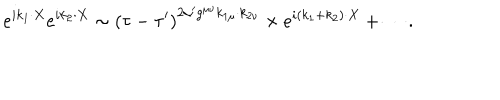
LaTeX: e ^ { i k _ { 1 } \cdot X } e ^ { i k _ { 2 } \cdot X } \sim \left( \tau - \tau ^ { \prime } \right) ^ { 2 \alpha ^ { \prime } g ^ { \mu \nu } k _ { 1 \mu } \cdot k _ { 2 \nu } } \times e ^ { i \left( k _ { 1 } + k _ { 2 } \right) \cdot X } + \cdots .